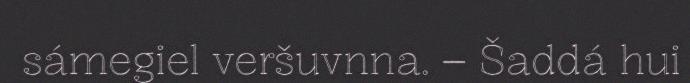
sámegiel veršuvnna. – Šaddá hui